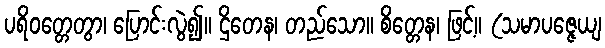
ပရိဝတ္တေတွာ၊ ပြောင်းလွဲ၍။ ဌိတေန၊ တည်သော။ စိတ္တေန၊ ဖြင့်။ (သမာပဇ္ဇေယျ